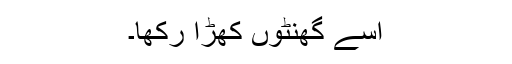
اسے گھنٹوں کھڑا رکھا۔